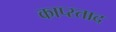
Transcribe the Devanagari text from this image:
काप्स्ताद